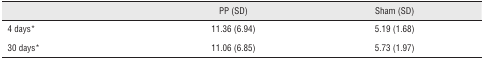
<table><thead><tr><td></td><td><b>PP (SD)</b></td><td><b>Sham (SD)</b></td></tr></thead><tbody><tr><td>4 days*</td><td>11.36 (6.94)</td><td>5.19 (1.68)</td></tr><tr><td>30 days*</td><td>11.06 (6.85)</td><td>5.73 (1.97)</td></tr></tbody></table>